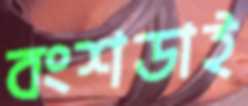
বংশডাই